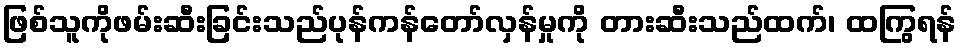
ဖြစ်သူကိုဖမ်းဆီးခြင်းသည်ပုန်ကန်တော်လှန်မှုကို တားဆီးသည်ထက်၊ ထကြွရန်